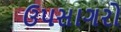
ઉપસાગરો